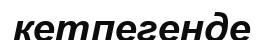
кетпегенде